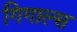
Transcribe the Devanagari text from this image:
गिगाल्स